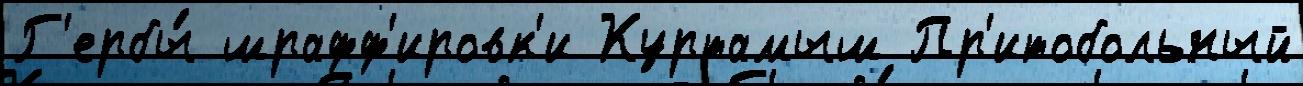
Г'ербы́ шрафф'ировк'и Куртамыш Пр'итобольный